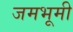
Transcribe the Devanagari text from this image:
जमभूमी